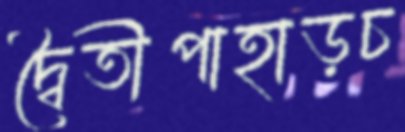
দ্বৈতীপাহাড়চ